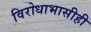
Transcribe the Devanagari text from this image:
विरोधाभासीही